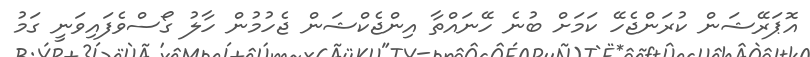
އޮޕަރޭޝަން ކުރަންޖެހޭ ކަމަށް ބުނެ ހޭނައްތާ އިންޖެކްޝަން ޖެހުމުން ހާލު ގޯސްވެފައިވަނީ ގަމު